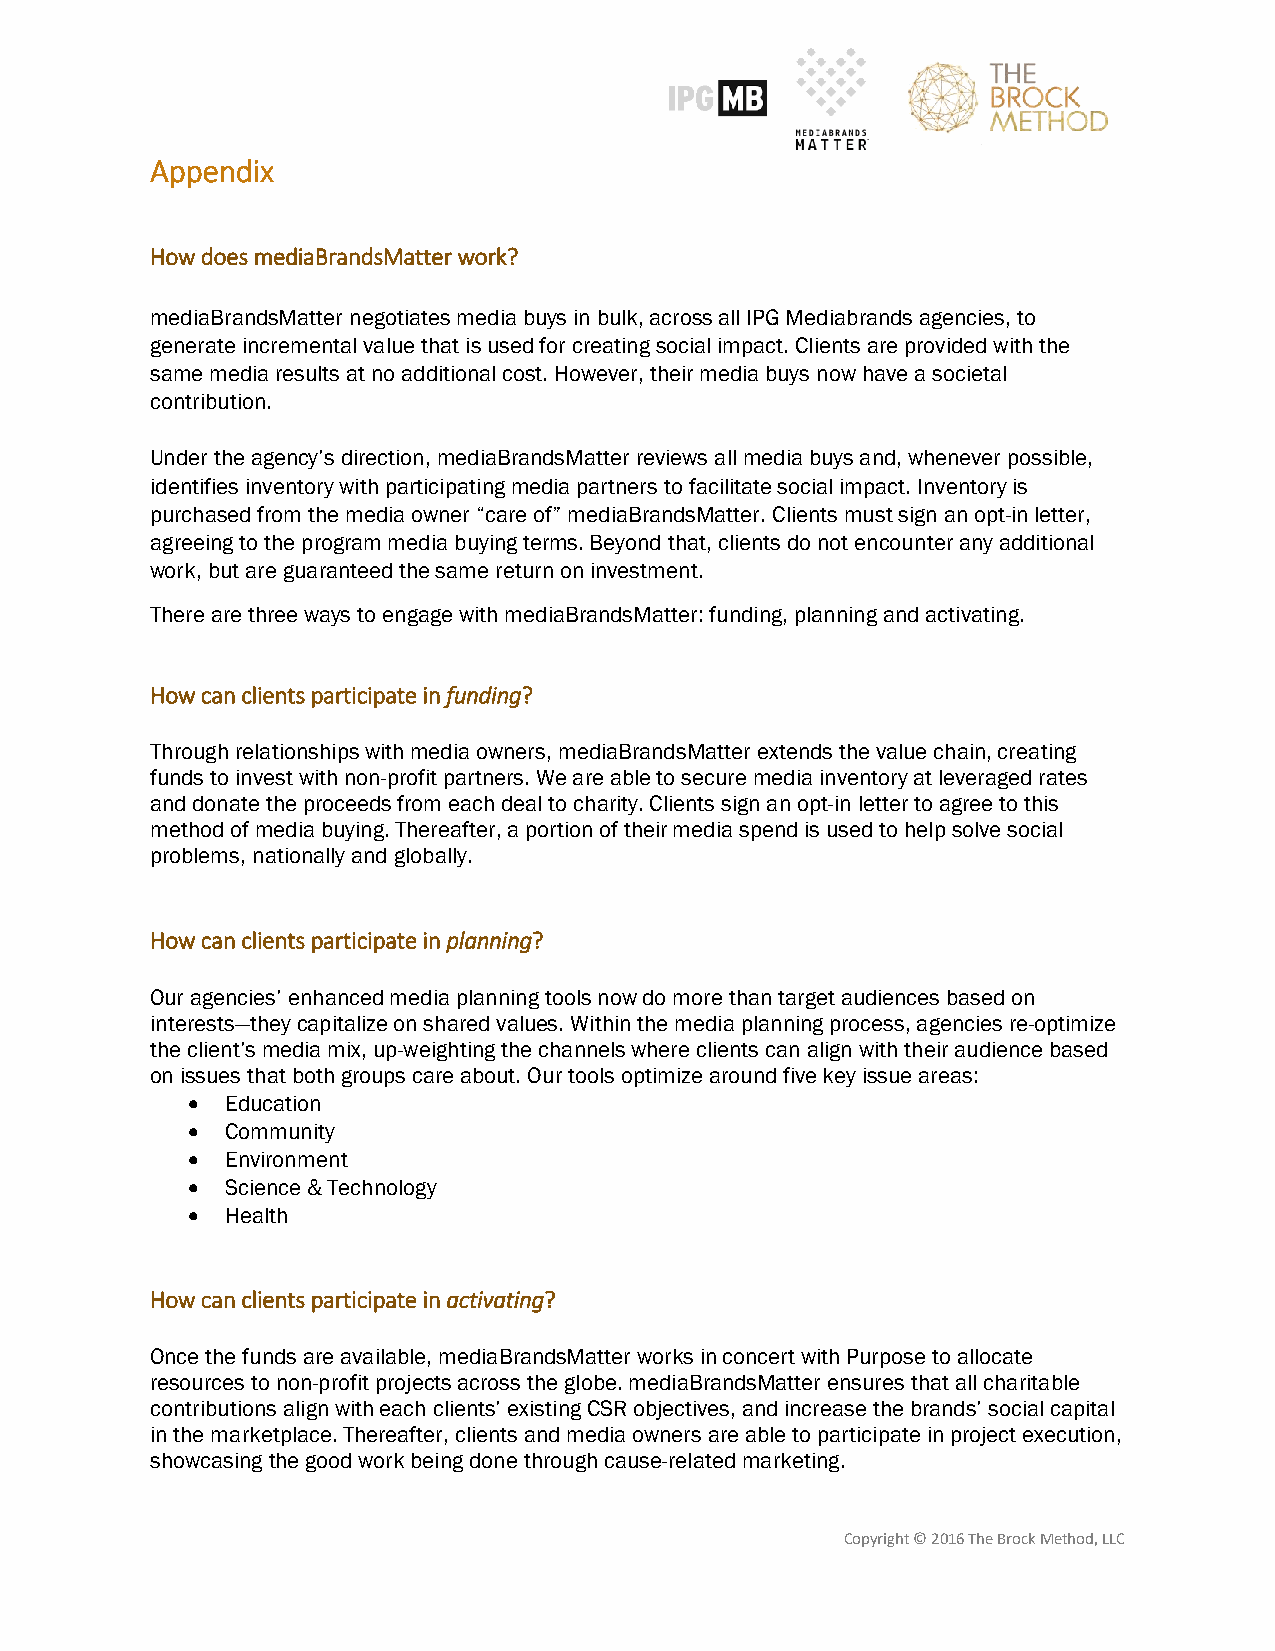
Appendix
 How does mediaBrandsMatter work?
 mediaBrandsMatter negotiates media buys in bulk, across all IPG Mediabrands agencies, to
 generate incremental value that is used for creating social impact. Clients are provided with the
 same media results at no additional cost. However, their media buys now have a societal
 contribution.
 Under the agency’s direction, mediaBrandsMatter reviews all media buys and, whenever possible,
 identifies inventory with participating media partners to facilitate social impact. Inventory is
 purchased from the media owner “care of” mediaBrandsMatter. Clients must sign an opt-in letter,
 agreeing to the program media buying terms. Beyond that, clients do not encounter any additional
 work, but are guaranteed the same return on investment.
 There are three ways to engage with mediaBrandsMatter: funding, planning and activating.
 How can clients participate in funding?
 Through relationships with media owners, mediaBrandsMatter extends the value chain, creating
 funds to invest with non-profit partners. We are able to secure media inventory at leveraged rates
 and donate the proceeds from each deal to charity. Clients sign an opt-in letter to agree to this
 method of media buying. Thereafter, a portion of their media spend is used to help solve social
 problems, nationally and globally.
 How can clients participate in planning?
 Our agencies’ enhanced media planning tools now do more than target audiences based on
 interests—they capitalize on shared values. Within the media planning process, agencies re-optimize
 the client’s media mix, up-weighting the channels where clients can align with their audience based
 on issues that both groups care about. Our tools optimize around five key issue areas:
 •  Education
 •  Community
 •  Environment
 •  Science & Technology
 •  Health
 How can clients participate in activating?
 Once the funds are available, mediaBrandsMatter works in concert with Purpose to allocate
 resources to non-profit projects across the globe. mediaBrandsMatter ensures that all charitable
 contributions align with each clients’ existing CSR objectives, and increase the brands’ social capital
 in the marketplace. Thereafter, clients and media owners are able to participate in project execution,
 showcasing the good work being done through cause-related marketing.
 Copyright © 2016 The Brock Method, LLC